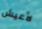
لأعيش